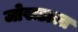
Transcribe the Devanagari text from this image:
जोखडाला